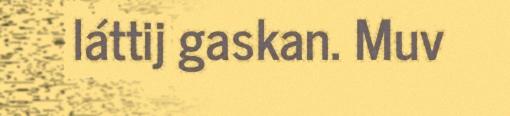
láttij gaskan. Muv